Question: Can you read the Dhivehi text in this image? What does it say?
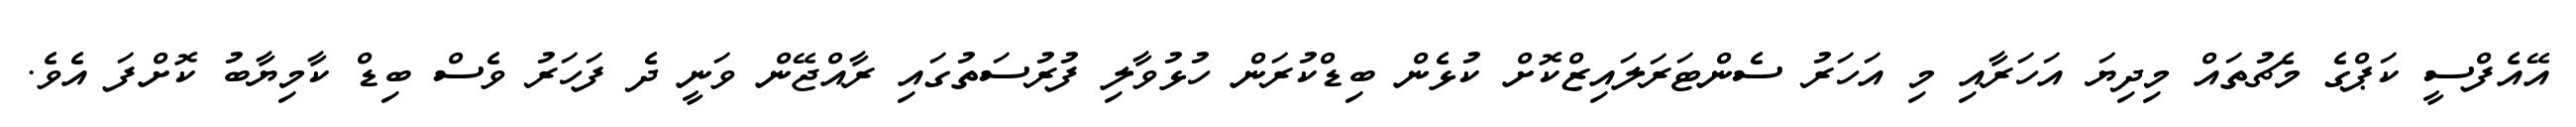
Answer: އޭއެފްސީ ކަޕްގެ މެޗުތައް މިދިޔަ އަހަރާއި މި އަހަރު ސެންޓަރަލައިޒްކޮށް ކުޅެން ބިޑްކުރަން ހުޅުވާލި ފުރުސަތުގައި ރާއްޖޭން ވަނީ ދެ ފަހަރު ވެސް ބިޑް ކާމިޔާބު ކޮށްފަ އެވެ.